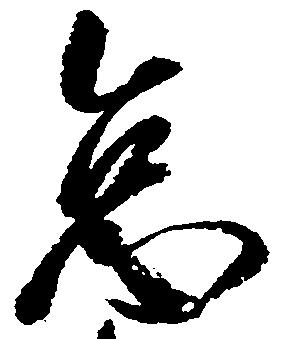
怠